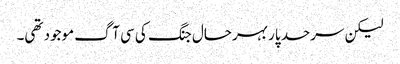
لیکن سرحد پار بہرحال جنگ کی سی آگ موجود تھی۔